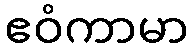
ဧဝံကာမာ